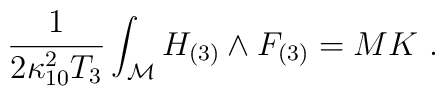
{1\over 2\kappa_{10}^2 T_3} \int_{\cal M} H_{(3)} \wedge F_{(3)} = MK \ .